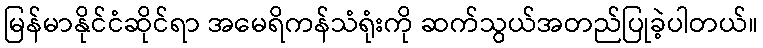
မြန်မာနိုင်ငံဆိုင်ရာ အမေရိကန်သံရုံးကို ဆက်သွယ်အတည်ပြုခဲ့ပါတယ်။